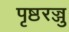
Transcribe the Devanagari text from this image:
पृष्ठरज्जु